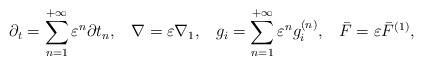
\begin{align*}{\partial _t} = \sum\limits_{n = 1}^{ + \infty } {{\varepsilon ^n}\partial {t_n}} , \; \;\;\nabla = \varepsilon {\nabla _1}, \; \;\;{g_i} = \sum\limits_{n = 1}^{ + \infty } {{\varepsilon ^n}g_i^{\left( n \right)}} , \; \;\; \bar F = \varepsilon {\bar F^{\left( 1 \right)}},\end{align*}